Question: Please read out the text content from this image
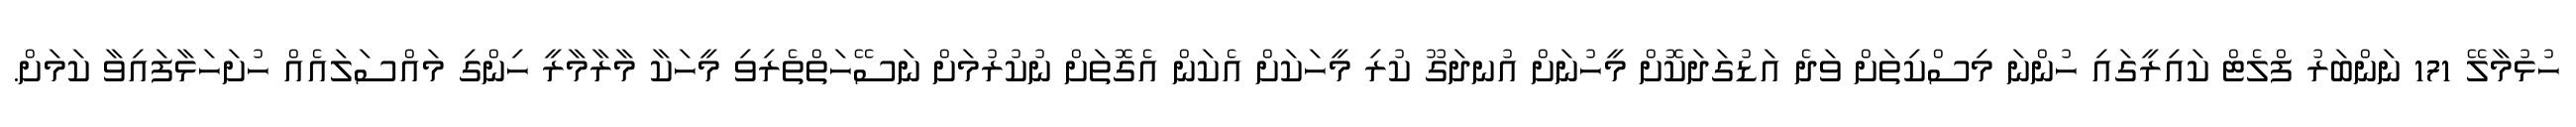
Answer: ހުޅުމާލޭ 171 ނަންބަރު ފްލެޓް ކައިރީގައި ހުންނަ މިސްކިތަށް ވަދެ އަޑުގަދަކޮށް މީހުނަށް އުނދަގޫ ކުރި މީހަކަށް އެކަން އެގޮތަށް ނުކުރުމަށް ނަސޭހަތްތެރިވި މީހަކާ މާރާމާރީ ހިންގި މައްސަލައެއް ހުށަހަޅާފައިވާ ކަމަށް.